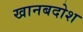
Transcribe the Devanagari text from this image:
खानबदोश